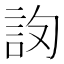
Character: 𧦛